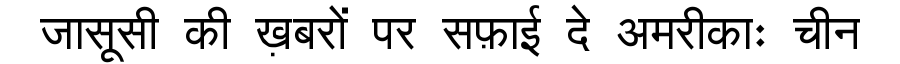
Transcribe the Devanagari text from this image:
जासूसी की ख़बरों पर सफ़ाई दे अमरीकाः चीन